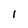
Character: 1